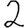
Digit: 2